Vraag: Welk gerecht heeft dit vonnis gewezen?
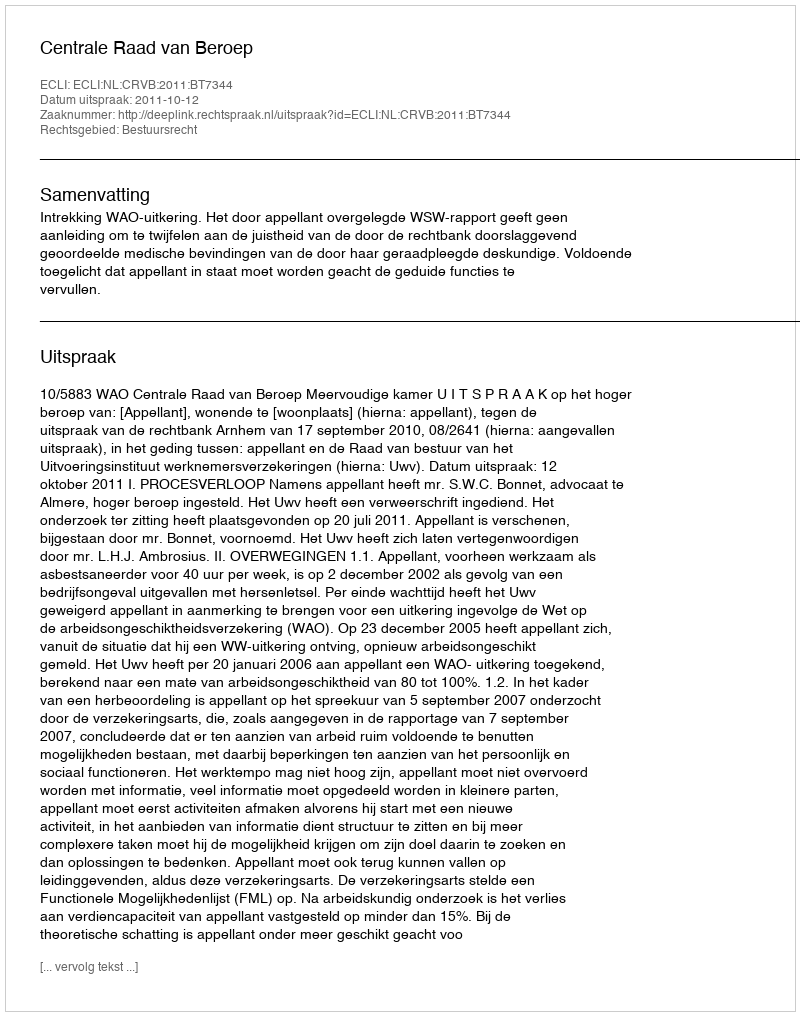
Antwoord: Centrale Raad van Beroep